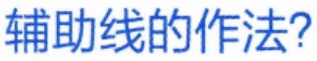
辅助线的作法?